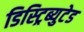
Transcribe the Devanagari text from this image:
डिस्ट्रिब्युटेड